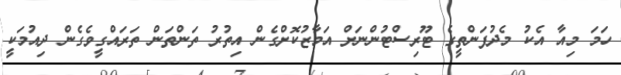
ހަމަ މިއާ އެކު މެދުފަންތީގެ ޓޫރިސްޓުންނަށް އަމާޒުކޮށްގެން އިތުރު ތަންތަން ތަރައްގީވެގެން ދިއުމަކީ